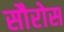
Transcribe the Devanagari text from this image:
सौरोस